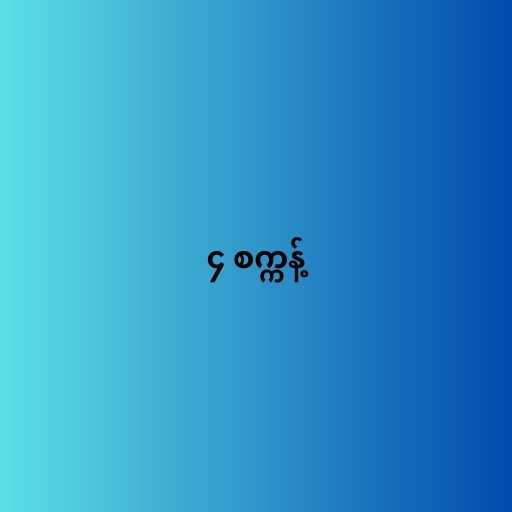
၄ စက္ကန့်